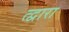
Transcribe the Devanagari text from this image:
त्द्वारा